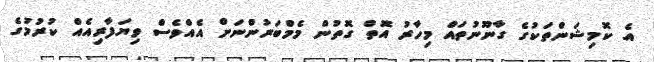
އެ ކޮމިޝަންތަކުގެ ގާނޫނުތައް މިހާރު އޮތް ގޮތުން މެމްބަރުންނަށް އެއްވެސް ވިޔަފާރިއެއް ކުރުމުގެ